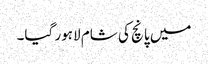
میں پانچ کی شام لاہور گیا۔